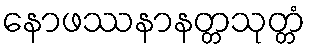
နောဖဿနာနတ္တသုတ္တံ